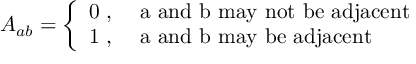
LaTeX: A _ { a b } = \left\{ \begin{array} { l l } { { 0 \; , } } & { { \mathrm { ~ a ~ a n d ~ b ~ m a y ~ n o t ~ b e ~ a d j a c e n t } } } \\ { { 1 \; , } } & { { \mathrm { ~ a ~ a n d ~ b ~ m a y ~ b e ~ a d j a c e n t } } } \end{array} \right.